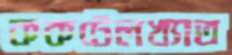
ককটেলখ্যাত